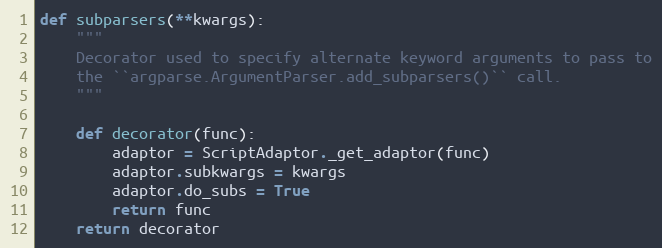
Language: Python
def subparsers(**kwargs):
    """
    Decorator used to specify alternate keyword arguments to pass to
    the ``argparse.ArgumentParser.add_subparsers()`` call.
    """

    def decorator(func):
        adaptor = ScriptAdaptor._get_adaptor(func)
        adaptor.subkwargs = kwargs
        adaptor.do_subs = True
        return func
    return decorator